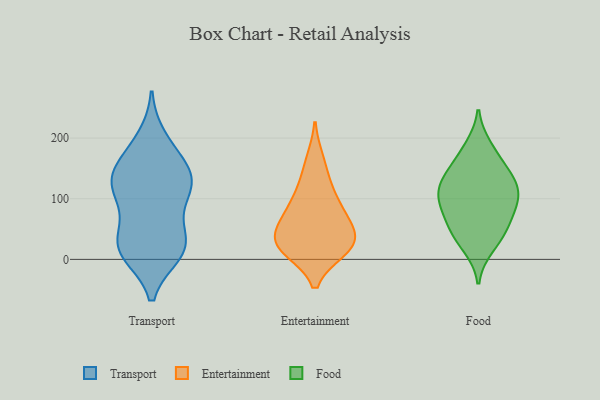
{"axis": {"x": "Humidity (%)", "y": "Value"}, "legend": ["Entertainment", "Food", "Transport"], "data": [{"x": "", "y": 157, "type": "Transport"}, {"x": "", "y": 16, "type": "Transport"}, {"x": "", "y": 128, "type": "Transport"}, {"x": "", "y": 14, "type": "Transport"}, {"x": "", "y": 199, "type": "Transport"}, {"x": "", "y": 34, "type": "Transport"}, {"x": "", "y": 104, "type": "Transport"}, {"x": "", "y": 17, "type": "Transport"}, {"x": "", "y": 126, "type": "Transport"}, {"x": "", "y": 121, "type": "Transport"}, {"x": "", "y": 176, "type": "Transport"}, {"x": "", "y": 32, "type": "Transport"}, {"x": "", "y": 74, "type": "Transport"}, {"x": "", "y": 139, "type": "Transport"}, {"x": "", "y": 10, "type": "Transport"}, {"x": "", "y": 126, "type": "Transport"}, {"x": "", "y": 15, "type": "Entertainment"}, {"x": "", "y": 94, "type": "Entertainment"}, {"x": "", "y": 22, "type": "Entertainment"}, {"x": "", "y": 93, "type": "Entertainment"}, {"x": "", "y": 61, "type": "Entertainment"}, {"x": "", "y": 32, "type": "Entertainment"}, {"x": "", "y": 62, "type": "Entertainment"}, {"x": "", "y": 47, "type": "Entertainment"}, {"x": "", "y": 23, "type": "Entertainment"}, {"x": "", "y": 164, "type": "Entertainment"}, {"x": "", "y": 15, "type": "Entertainment"}, {"x": "", "y": 128, "type": "Entertainment"}, {"x": "", "y": 139, "type": "Food"}, {"x": "", "y": 135, "type": "Food"}, {"x": "", "y": 85, "type": "Food"}, {"x": "", "y": 126, "type": "Food"}, {"x": "", "y": 95, "type": "Food"}, {"x": "", "y": 39, "type": "Food"}, {"x": "", "y": 96, "type": "Food"}, {"x": "", "y": 53, "type": "Food"}, {"x": "", "y": 123, "type": "Food"}, {"x": "", "y": 52, "type": "Food"}, {"x": "", "y": 170, "type": "Food"}, {"x": "", "y": 97, "type": "Food"}, {"x": "", "y": 21, "type": "Food"}, {"x": "", "y": 185, "type": "Food"}]}